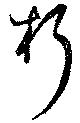
朽